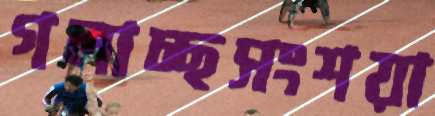
গলাচ্ছসংশয়া